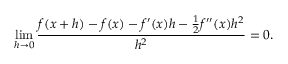
\operatorname* { l i m } _ { h \to 0 } { \frac { f ( x + h ) - f ( x ) - f ^ { \prime } ( x ) h - { \frac { 1 } { 2 } } f ^ { \prime \prime } ( x ) h ^ { 2 } } { h ^ { 2 } } } = 0 .